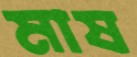
মাষ